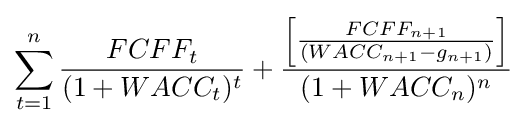
\sum _{t=1}^{n}{\frac {FCFF_{t}}{(1+WACC_{t})^{t}}}+{\frac {\left[{\frac {FCFF_{n+1}}{(WACC_{n+1}-g_{n+1})}}\right]}{(1+WACC_{n})^{n}}}